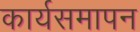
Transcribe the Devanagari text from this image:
कार्यसमापन